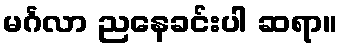
မင်္ဂလာ ညနေခင်းပါ ဆရာ။